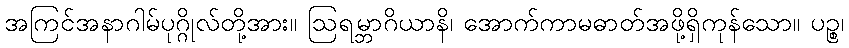
အကြင်အနာဂါမ်ပုဂ္ဂိုလ်တို့အား။ ဩရမ္ဘာဂိယာနိ၊ အောက်ကာမဓာတ်အဖို့ရှိကုန်သော။ ပဉ္စ၊